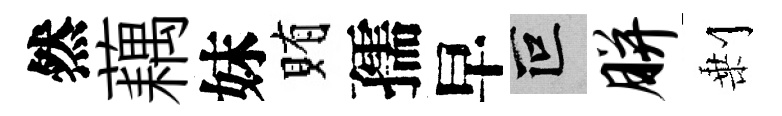
然藕妹賄孺早叵胼剰